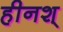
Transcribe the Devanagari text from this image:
हीनश्